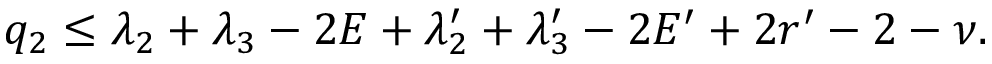
q _ { 2 } \le \lambda _ { 2 } + \lambda _ { 3 } - 2 E + \lambda _ { 2 } ^ { \prime } + \lambda _ { 3 } ^ { \prime } - 2 E ^ { \prime } + 2 r ^ { \prime } - 2 - \nu .